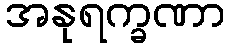
အနုရက္ခဏာ